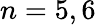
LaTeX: n=5,6